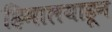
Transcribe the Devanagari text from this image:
हिमालयाहून